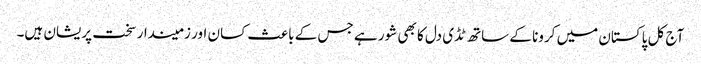
آج کل پاکستان میں کرونا کے ساتھ ٹڈی دل کا بھی شور ہے جس کے باعث کسان اور زمیندار سخت پریشان ہیں۔